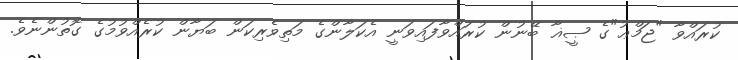
ކުރައްވާ "ޖަމްޢު"ގެ ޞީޣާ ބޭނުން ކުރައްވާފައިވަނީ އެކަލާންގެ މަތިވެރިކަން ބަޔާން ކުރެއްވުމުގެ ގޮތުންނެވެ.